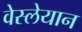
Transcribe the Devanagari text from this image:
वेस्लेयान